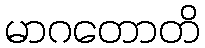
မာဂတောတိ